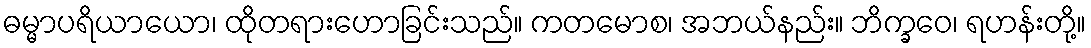
ဓမ္မာပရိယာယော၊ ထိုတရားဟောခြင်းသည်။ ကတမောစ၊ အဘယ်နည်း။ ဘိက္ခဝေ၊ ရဟန်းတို့။